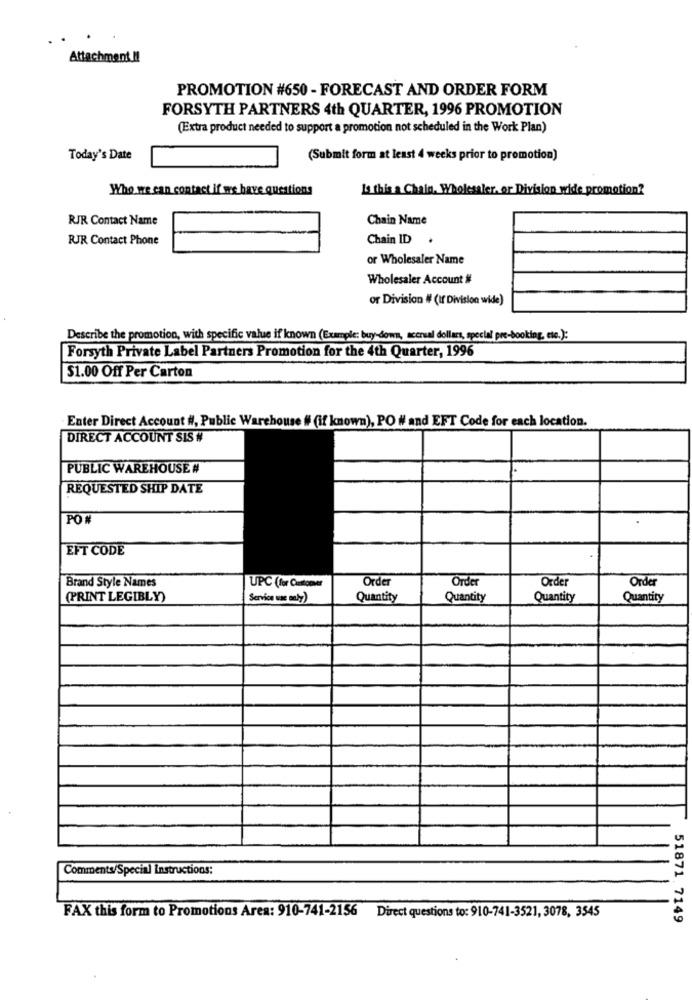
Attachment !!
PROMOTION #650 - FORECAST AND ORDER FORM
FORSYTH PARTNERS 4th QUARTER, 1996 PROMOTION
(Extra product needed to support a promotion not scheduled in the Work Plan)
Today's Date
(Submit form at least 4 weeks prior to promotion)
Who we can contact if we have questions
La this a Chain. Wholesaler. or Division wide promotion?
RJR Contact Name
Chain Name
RJR Contact Phone
Chain ID .
or Wholesaler Name
Wholesaler Account #
or Division # (If Division wide)
Describe the promotion, with specific value if known (Example: buy-down, accrual dollars, special pre-booking, etc.):
Forsyth Private Label Partners Promotion for the 4th Quarter, 1996
$1.00 Off Per Carton
Enter Direct Account #, Public Warehouse # (if known), PO # and EFT Code for each location.
DIRECT ACCOUNT SIS #
PUBLIC WAREHOUSE #
REQUESTED SHIP DATE
PO#
EFT CODE
Brand Style Names
UPC (for Customer
Order
Order
Order
Order
(PRINT LEGIBLY)
Service use only)
Quantity
Quantity
Quantity
Quantity
Comments/Special Instructions:
FAX this form to Promotions Area: 910-741-2156 Direct questions to: 910-741-3521, 3078, 3545
51871 7149